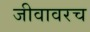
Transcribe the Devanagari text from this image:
जीवावरच